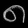
Digit: ၈